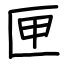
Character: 匣